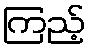
ကြည့်